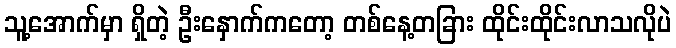
သူ့အောက်မှာ ရှိတဲ့ ဦးနှောက်ကတော့ တစ်နေ့တခြား ထိုင်းထိုင်းလာသလိုပဲ